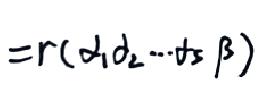
\[ = r(\alpha_1\alpha_2\cdots\alpha_s\beta) \]